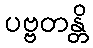
ပဗ္ဗတန္တိ